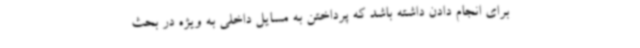
برای انجام دادن داشته باشد که پرداختن به مسایل داخلی به ویژه در بحث